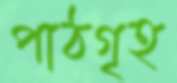
পাঠগৃহ